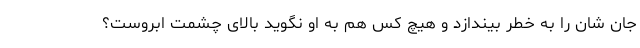
جان شان را به خطر بیندازد و هیچ کس هم به او نگوید بالای چشمت ابروست؟